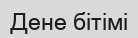
Дене бітімі